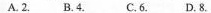
A. 2. B. 4. C. 6. D. 8.